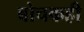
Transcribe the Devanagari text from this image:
बोचकही